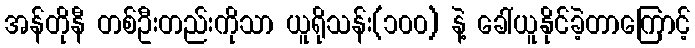
အန်တိုနီ တစ်ဦးတည်းကိုသာ ယူရိုသန်း(၁၀၀) နဲ့ ခေါ်ယူနိုင်ခဲ့တာကြောင့်